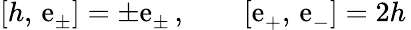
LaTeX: [h,\, \mathrm{e}_{\pm}^{}]=\pm\mathrm{e}_{\pm}^{}\, ,\qquad[\mathrm{e}_{+}^{},\, \mathrm{e}_{-}^{}]=2h\,